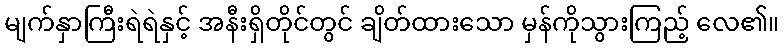
မျက်နှာကြီးရဲရဲနှင့် အနီးရှိတိုင်တွင် ချိတ်ထားသော မှန်ကိုသွားကြည့် လေ၏။